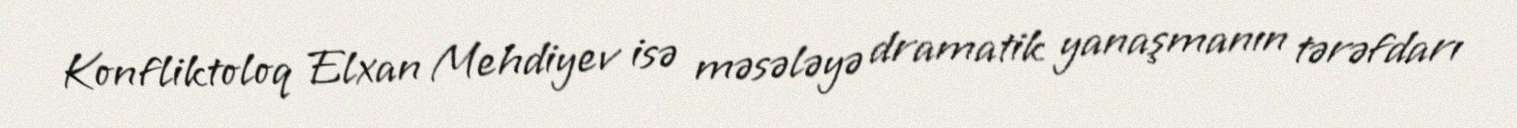
Konfliktoloq Elxan Mehdiyev isə məsələyə dramatik yanaşmanın tərəfdarı